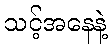
သင့်အနေနဲ့